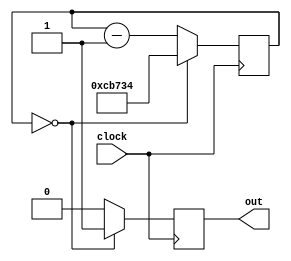
module downCounter(input clock, output reg out);
reg [19:0] count = 20'b0;
always@(posedge clock)
begin
	if(count == 20'b0)//833_333)
		begin
		out <= 1'b1;
		count <= 20'b11001011011100110100;
		end
	else
		begin
		count <= count - 1'b1;
		out <= 1'b0;
		end
end
endmodule